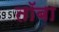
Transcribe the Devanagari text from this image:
तॉबा